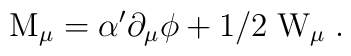
\rm M_\mu = \alpha^\prime\partial_\mu\phi + 1/2\;W_\mu\;.